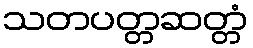
သတပတ္တဆတ္တံ